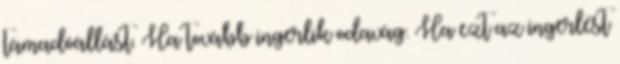
támadóállást. Ha tovább ingerlik odavág. Ha ezt az ingerlést